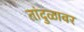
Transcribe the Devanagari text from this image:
तांदुळावर